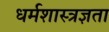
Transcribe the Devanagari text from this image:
धर्मशास्त्रज्ञता